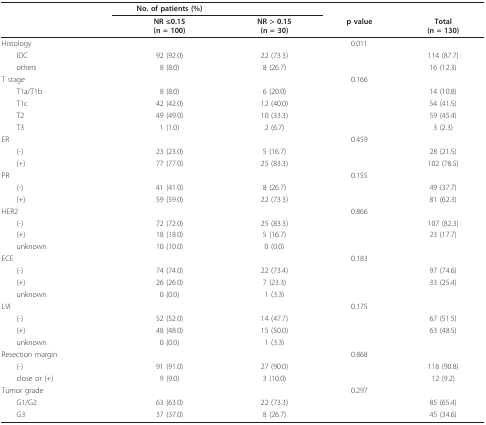
<table><thead><tr><td></td><td><b>No. of patients (%)</b></td><td></td><td></td><td></td></tr><tr><td></td><td><b>NR ≤0.15(n = 100)</b></td><td><b>NR &gt; 0.15(n = 30)</b></td><td><b>p value</b></td><td><b>Total(n = 130)</b></td></tr></thead><tbody><tr><td>Histology</td><td></td><td></td><td>0.011</td><td></td></tr><tr><td> IDC</td><td>92 (92.0)</td><td>22 (73.3)</td><td></td><td>114 (87.7)</td></tr><tr><td> others</td><td>8 (8.0)</td><td>8 (26.7)</td><td></td><td>16 (12.3)</td></tr><tr><td>T stage</td><td></td><td></td><td>0.166</td><td></td></tr><tr><td> T1a/T1b</td><td>8 (8.0)</td><td>6 (20.0)</td><td></td><td>14 (10.8)</td></tr><tr><td> T1c</td><td>42 (42.0)</td><td>12 (40.0)</td><td></td><td>54 (41.5)</td></tr><tr><td> T2</td><td>49 (49.0)</td><td>10 (33.3)</td><td></td><td>59 (45.4)</td></tr><tr><td> T3</td><td>1 (1.0)</td><td>2 (6.7)</td><td></td><td>3 (2.3)</td></tr><tr><td>ER</td><td></td><td></td><td>0.459</td><td></td></tr><tr><td> (-)</td><td>23 (23.0)</td><td>5 (16.7)</td><td></td><td>28 (21.5)</td></tr><tr><td> (+)</td><td>77 (77.0)</td><td>25 (83.3)</td><td></td><td>102 (78.5)</td></tr><tr><td>PR</td><td></td><td></td><td>0.155</td><td></td></tr><tr><td> (-)</td><td>41 (41.0)</td><td>8 (26.7)</td><td></td><td>49 (37.7)</td></tr><tr><td> (+)</td><td>59 (59.0)</td><td>22 (73.3)</td><td></td><td>81 (62.3)</td></tr><tr><td>HER2</td><td></td><td></td><td>0.866</td><td></td></tr><tr><td> (-)</td><td>72 (72.0)</td><td>25 (83.3)</td><td></td><td>107 (82.3)</td></tr><tr><td> (+)</td><td>18 (18.0)</td><td>5 (16.7)</td><td></td><td>23 (17.7)</td></tr><tr><td> unknown</td><td>10 (10.0)</td><td>0 (0.0)</td><td></td><td></td></tr><tr><td>ECE</td><td></td><td></td><td>0.183</td><td></td></tr><tr><td> (-)</td><td>74 (74.0)</td><td>22 (73.4)</td><td></td><td>97 (74.6)</td></tr><tr><td> (+)</td><td>26 (26.0)</td><td>7 (23.3)</td><td></td><td>33 (25.4)</td></tr><tr><td> unknown</td><td>0 (0.0)</td><td>1 (3.3)</td><td></td><td></td></tr><tr><td>LVI</td><td></td><td></td><td>0.175</td><td></td></tr><tr><td> (-)</td><td>52 (52.0)</td><td>14 (47.7)</td><td></td><td>67 (51.5)</td></tr><tr><td> (+)</td><td>48 (48.0)</td><td>15 (50.0)</td><td></td><td>63 (48.5)</td></tr><tr><td> unknown</td><td>0 (0.0)</td><td>1 (3.3)</td><td></td><td></td></tr><tr><td>Resection margin</td><td></td><td></td><td>0.868</td><td></td></tr><tr><td> (-)</td><td>91 (91.0)</td><td>27 (90.0)</td><td></td><td>118 (90.8)</td></tr><tr><td> close or (+)</td><td>9 (9.0)</td><td>3 (10.0)</td><td></td><td>12 (9.2)</td></tr><tr><td>Tumor grade</td><td></td><td></td><td>0.297</td><td></td></tr><tr><td> G1/G2</td><td>63 (63.0)</td><td>22 (73.3)</td><td></td><td>85 (65.4)</td></tr><tr><td> G3</td><td>37 (37.0)</td><td>8 (26.7)</td><td></td><td>45 (34.6)</td></tr></tbody></table>